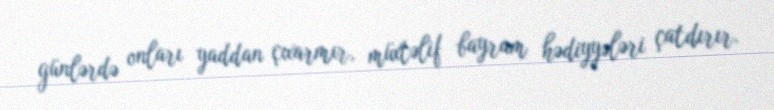
günlərdə onları yaddan çıxarmır, müxtəlif bayram hədiyyələri çatdırır.